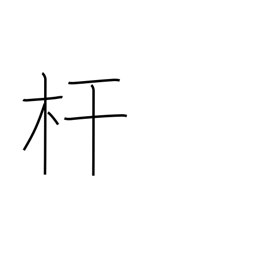
Meaning: pole